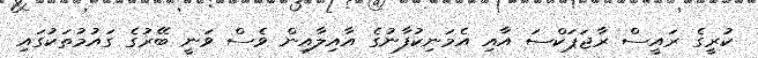
ކުރީގެ ރައީސް ރާޖަޕަކްސަ އާއި އެމަނިކުފާނުގެ އާއިލާއިން ވެސް ވަނީ ބޭރުގެ ގައުމުތަކުގައި